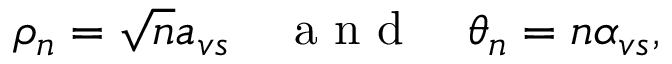
\rho _ { n } = \sqrt { n } a _ { v s } \quad \mathrm { ~ a ~ n ~ d ~ } \quad \theta _ { n } = n \alpha _ { v s } ,